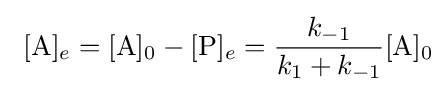
\ [{\ce {A}}]_{e}={\ce {[A]0}}-[{\ce {P}}]_{e}={\frac {k_{-1}}{k_{1}+k_{-1}}}{\ce {[A]0}}